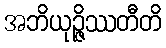
အဘိယုဉ္ဇိဿတီတိ